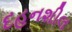
દહનશીલ